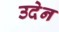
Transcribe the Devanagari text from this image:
उदेन